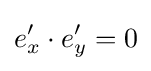
e_{x}'\cdot e_{y}'=0